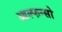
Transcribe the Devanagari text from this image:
आल्फन्सो